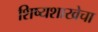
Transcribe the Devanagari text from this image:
शिष्यशाखेचा